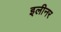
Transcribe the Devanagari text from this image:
इलीनर